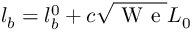
l _ { b } = l _ { b } ^ { 0 } + c \sqrt { \mathrm { ~ W ~ e ~ } } L _ { 0 }